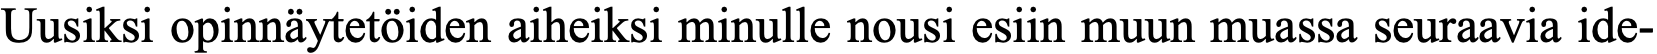
Uusiksi opinnäytetöiden aiheiksi minulle nousi esiin muun muassa seuraavia ide-